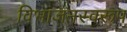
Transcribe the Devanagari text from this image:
विभाजनस्वरूप